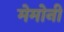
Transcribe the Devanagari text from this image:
मेमोनी